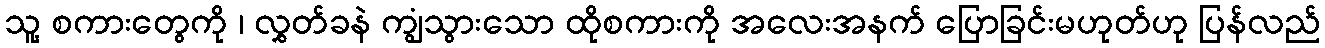
သူ့ စကားတွေကို ၊ လွှတ်ခနဲ ကျွံသွားသော ထိုစကားကို အလေးအနက် ပြောခြင်းမဟုတ်ဟု ပြန်လည်